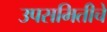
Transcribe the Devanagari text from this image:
उपसमितीचे